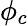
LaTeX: \phi_{c}